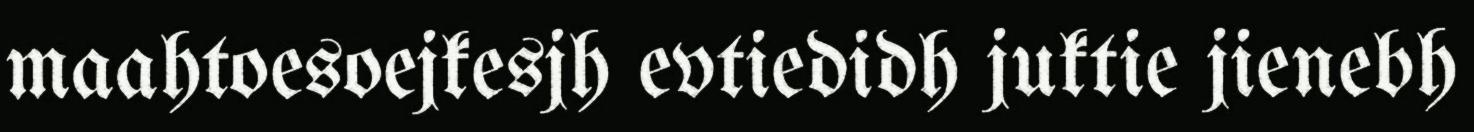
maahtoesoejkesjh evtiedidh juktie jienebh